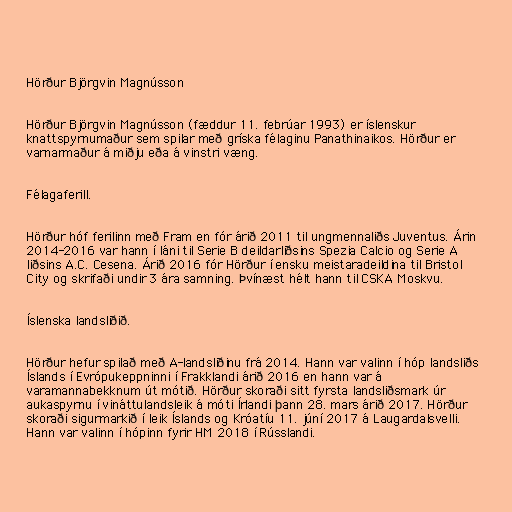
Hörður Björgvin Magnússon

Hörður Björgvin Magnússon (fæddur 11. febrúar 1993) er íslenskur
knattspyrnumaður sem spilar með gríska félaginu Panathinaikos. Hörður er
varnarmaður á miðju eða á vinstri væng.

Félagaferill.

Hörður hóf ferilinn með Fram en fór árið 2011 til ungmennaliðs Juventus. Árin
2014-2016 var hann í láni til Serie B deildarliðsins Spezia Calcio og Serie A
liðsins A.C. Cesena. Árið 2016 fór Hörður í ensku meistaradeildina til Bristol
City og skrifaði undir 3 ára samning. Þvínæst hélt hann til CSKA Moskvu.

Íslenska landsliðið.

Hörður hefur spilað með A-landsliðinu frá 2014. Hann var valinn í hóp landsliðs
Íslands í Evrópukeppninni í Frakklandi árið 2016 en hann var á
varamannabekknum út mótið. Hörður skoraði sitt fyrsta landsliðsmark úr
aukaspyrnu í vináttulandsleik á móti Írlandi þann 28. mars árið 2017. Hörður
skoraði sigurmarkið í leik Íslands og Króatíu 11. júní 2017 á Laugardalsvelli.
Hann var valinn í hópinn fyrir HM 2018 í Rússlandi.